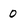
Character: 0